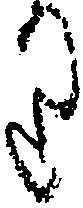
り